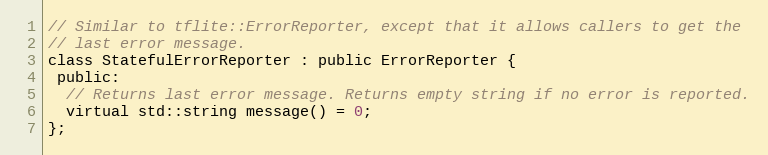
Language: C
// Similar to tflite::ErrorReporter, except that it allows callers to get the
// last error message.
class StatefulErrorReporter : public ErrorReporter {
 public:
  // Returns last error message. Returns empty string if no error is reported.
  virtual std::string message() = 0;
};